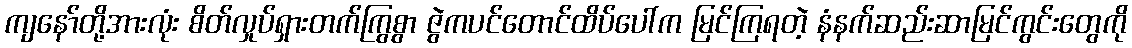
ကျနော်တို့အားလုံး စိတ်လှုပ်ရှားတက်ကြွစွာ ဇွဲကပင်တောင်ထိပ်ပေါ်က မြင်ကြရတဲ့ နံနက်ဆည်းဆာမြင်ကွင်းတွေကို